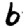
Digit: 6